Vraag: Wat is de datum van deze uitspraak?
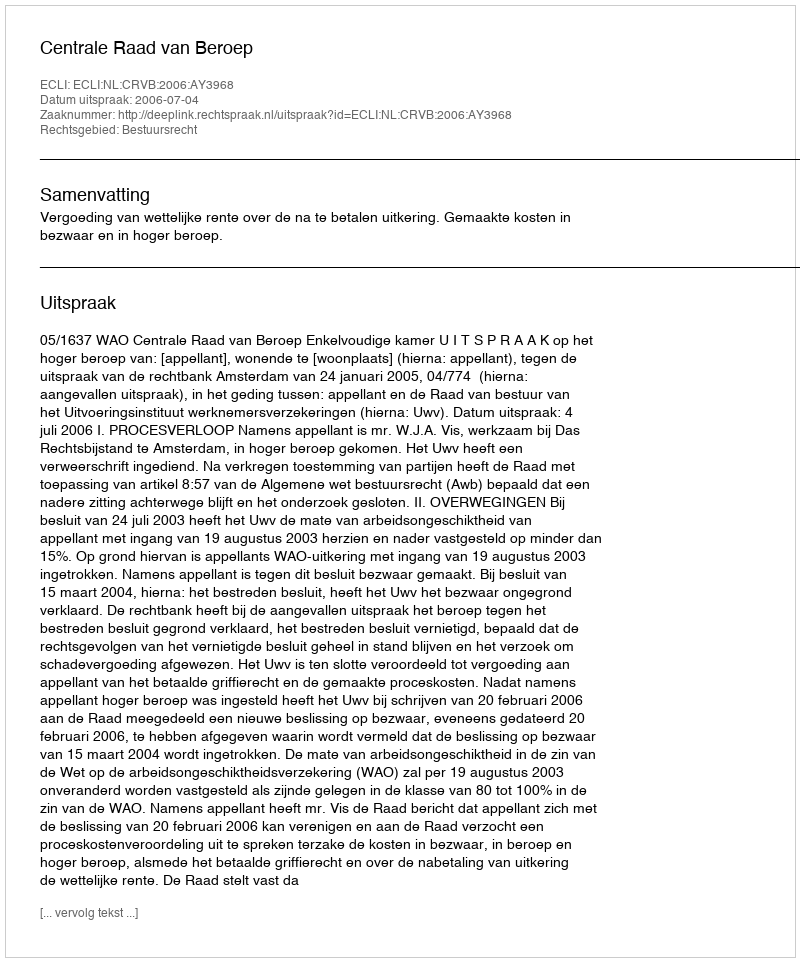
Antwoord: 2006-07-04